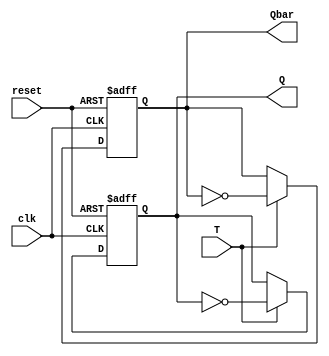
module T_flipflop (
    input wire clk,
    input wire reset,
    input wire T,
    output reg Q,
    output reg Qbar
);

always @(posedge clk or posedge reset) begin
    if (reset) begin
        Q <= 1'b0;
        Qbar <= 1'b1;
    end else begin
        if (T) begin
            Q <= ~Q;
            Qbar <= ~Qbar;
        end
    end
end

endmodule